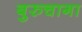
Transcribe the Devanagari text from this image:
बुरुचागा